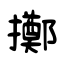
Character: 擲